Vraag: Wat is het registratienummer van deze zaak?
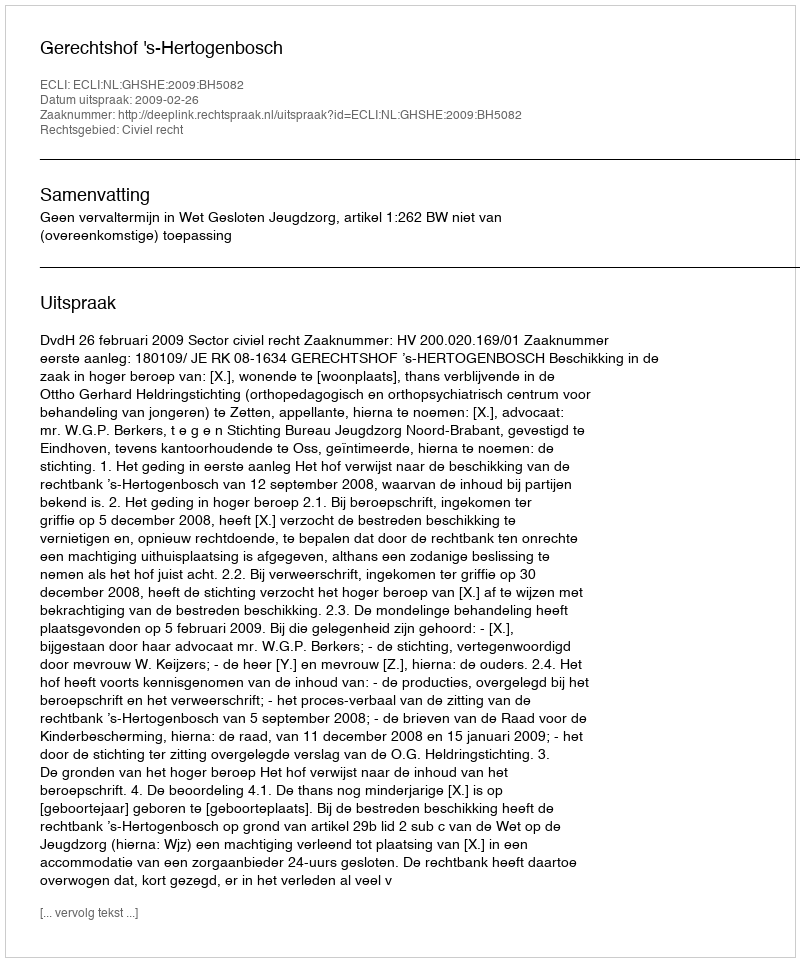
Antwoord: http://deeplink.rechtspraak.nl/uitspraak?id=ECLI:NL:GHSHE:2009:BH5082